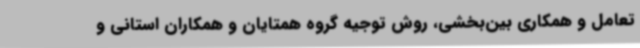
تعامل و همکاری بین‌بخشی، روش توجیه گروه همتایان و همکاران استانی و